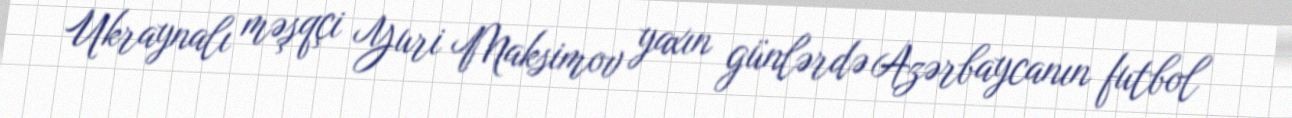
Ukraynalı məşqçi Yuri Maksimov yaxın günlərdə Azərbaycanın futbol